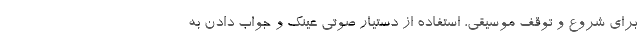
برای شروع و توقف موسیقی، استفاده از دستیار صوتی عینک و جواب دادن به